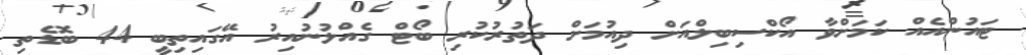
ޓައުންއެއް ކަމަށްވާ އޯކްސިބިލްއަށް ދިއުމަށް ދަތުރުކުރި ބޯޓް ގެއްލުނުއިރު އޭގައިތިބީ 44 ބޮޑެތި